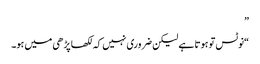
”
“نوٹس تو ہوتا ہے لیکن ضروری نہیں کہ لکھا پڑھی میں ہو۔